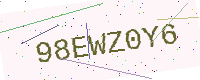
Text: 98EWZ0Y6